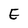
Character: E